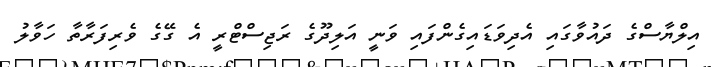
އިލްޔާސްގެ ދައުވާގައި އެދިވަޑައިގެންފައި ވަނީ އަލިދޫގެ ރަޖިސްޓްރީ އެ ގޭގެ ވެރިފަރާތާ ހަވާލު